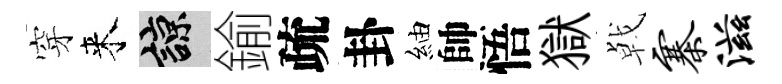
穿来諒鍮疏卦紬帥悟獄㦸寨滋